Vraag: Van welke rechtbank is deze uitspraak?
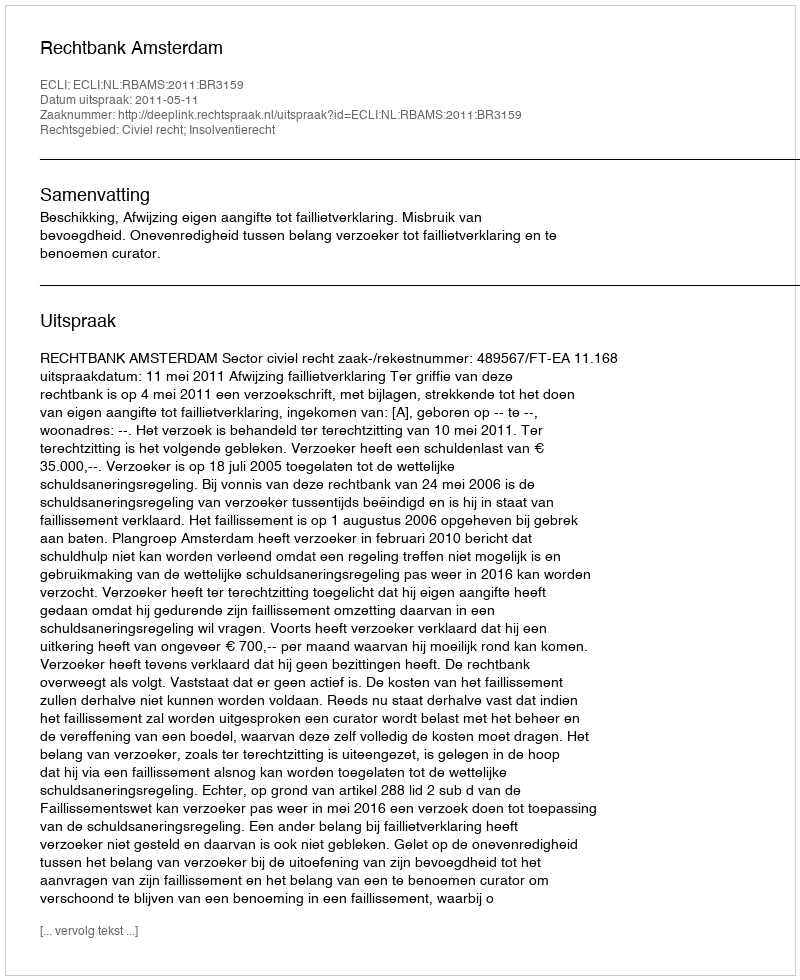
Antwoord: Rechtbank Amsterdam